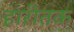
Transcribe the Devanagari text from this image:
हारीतक